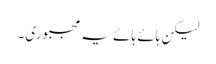
لیکن ہائے ہائے یہ مجبوری۔